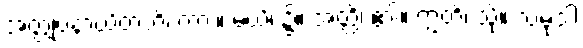
အတ္တုပနာယိတံတိ၊ ကား။ မယိ၊ ၌။ အတ္ထိ၊ ၏။ ဣတိ၊ သို့။ သမုဒါ